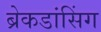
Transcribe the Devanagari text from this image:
ब्रेकडांसिंग